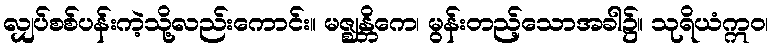
လျှပ်စစ်ပန်းကဲ့သို့လည်းကောင်း။ မဇ္ဈန္တိကေ၊ မွန်းတည့်သောအခါ၌။ သုရိယံဣဝ၊